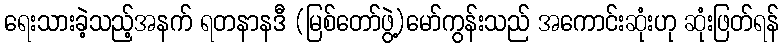
ရေးသားခဲ့သည့်အနက် ရတနာနဒီ (မြစ်တော်ဖွဲ့)မော်ကွန်းသည် အကောင်းဆုံးဟု ဆုံးဖြတ်ရန်